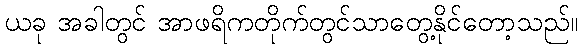
ယခု အခါတွင် အာဖရိကတိုက်တွင်သာတွေ့နိုင်တော့သည်။